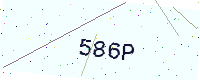
Text: 586P